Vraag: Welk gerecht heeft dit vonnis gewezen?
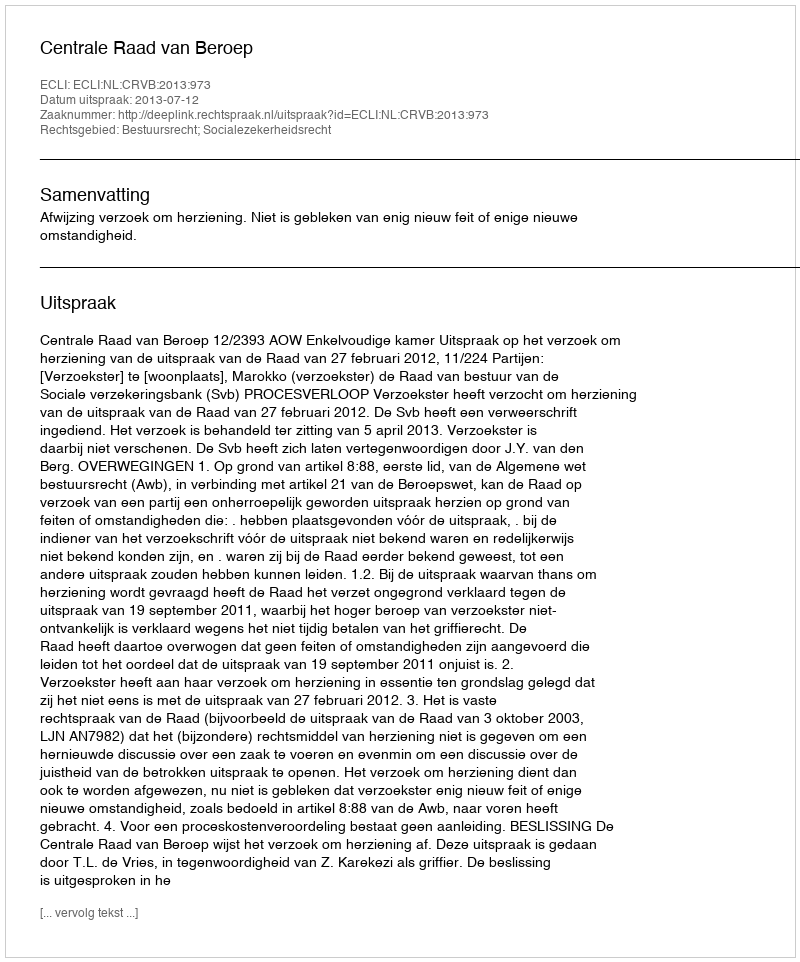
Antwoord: Centrale Raad van Beroep